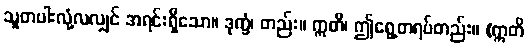
သူတပါးလုံ့လလျှင် အရင်းရှိသော။ ဒုက္ခံ၊ တည်း။ ဣတိ၊ ဤရွေ့တရပ်တည်း။ (ဣတိ